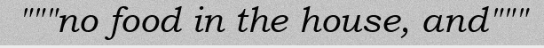
"""no food in the house, and"""